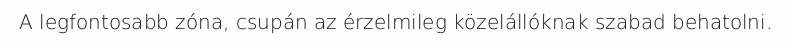
A legfontosabb zóna, csupán az érzelmileg közelállóknak szabad behatolni.